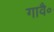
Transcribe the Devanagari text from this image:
गावै॰